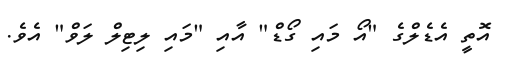
އޮތީ އެޑެލްގެ "އޯ މައި ގޯޑް" އާއި "މައި ލިޓިލް ލަވް" އެވެ.